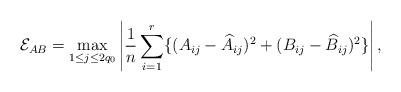
LaTeX: \begin{align*}\mathcal{E}_{AB}=\max_{1\leq j\leq2q_0}\left|\frac{1}{n}\sum^{r}_{i=1}\{(A_{ij}-\widehat{A}_{ij})^2+(B_{ij}-\widehat{B}_{ij})^2\}\right|,\end{align*}